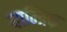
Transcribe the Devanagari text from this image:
याम्त्रिक